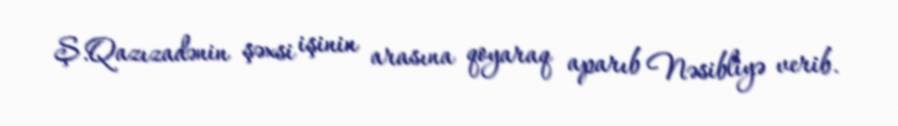
Ş.Qazızadənin şəxsi işinin arasına qoyaraq aparıb Nəsibliyə verib.